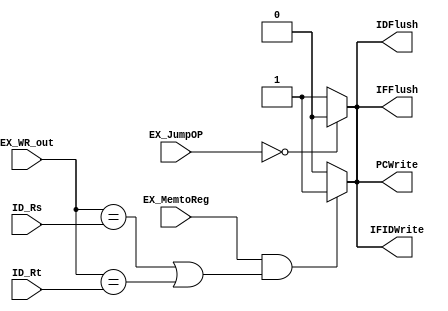
// Hazard Detection Unit

module HDU ( // input
			 ID_Rs,
             ID_Rt,
			 EX_WR_out,
			 EX_MemtoReg,
			 EX_JumpOP,
			 // output
			 // write your code in here
			PCWrite, IFIDWrite,IDFlush,IFFlush
			 );
	
	parameter bit_size = 32;
	
	input [4:0] ID_Rs;
	input [4:0] ID_Rt;
	input [4:0] EX_WR_out;
	input EX_MemtoReg;
	input [1:0] EX_JumpOP;
	
	// write your code in here
	
	output PCWrite, IFIDWrite,IDFlush,IFFlush; 
	reg PCWrite, IFIDWrite,IDFlush,IFFlush; 
     
	always@(ID_Rs or ID_Rt or EX_WR_out or EX_MemtoReg) 
	begin
	if(EX_MemtoReg&&((EX_WR_out == ID_Rs)||(EX_WR_out == ID_Rt))) 
		begin//stall 
		PCWrite = 1; 
		IFIDWrite = 1; 
		IDFlush = 1; 
	end 

	else 
	begin//no stall 
		PCWrite = 0; 
        	IFIDWrite = 0; 
		IDFlush = 0;
       	end 
	
	end
	
	always@ (EX_JumpOP)
	begin

	if(EX_JumpOP ==2'b00)
		begin
		IDFlush = 0;
		IFFlush = 0;
		end
	else 
		begin
		IDFlush = 1;
		IFFlush = 1;
		end
	end

	
endmodule